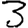
Digit: 3